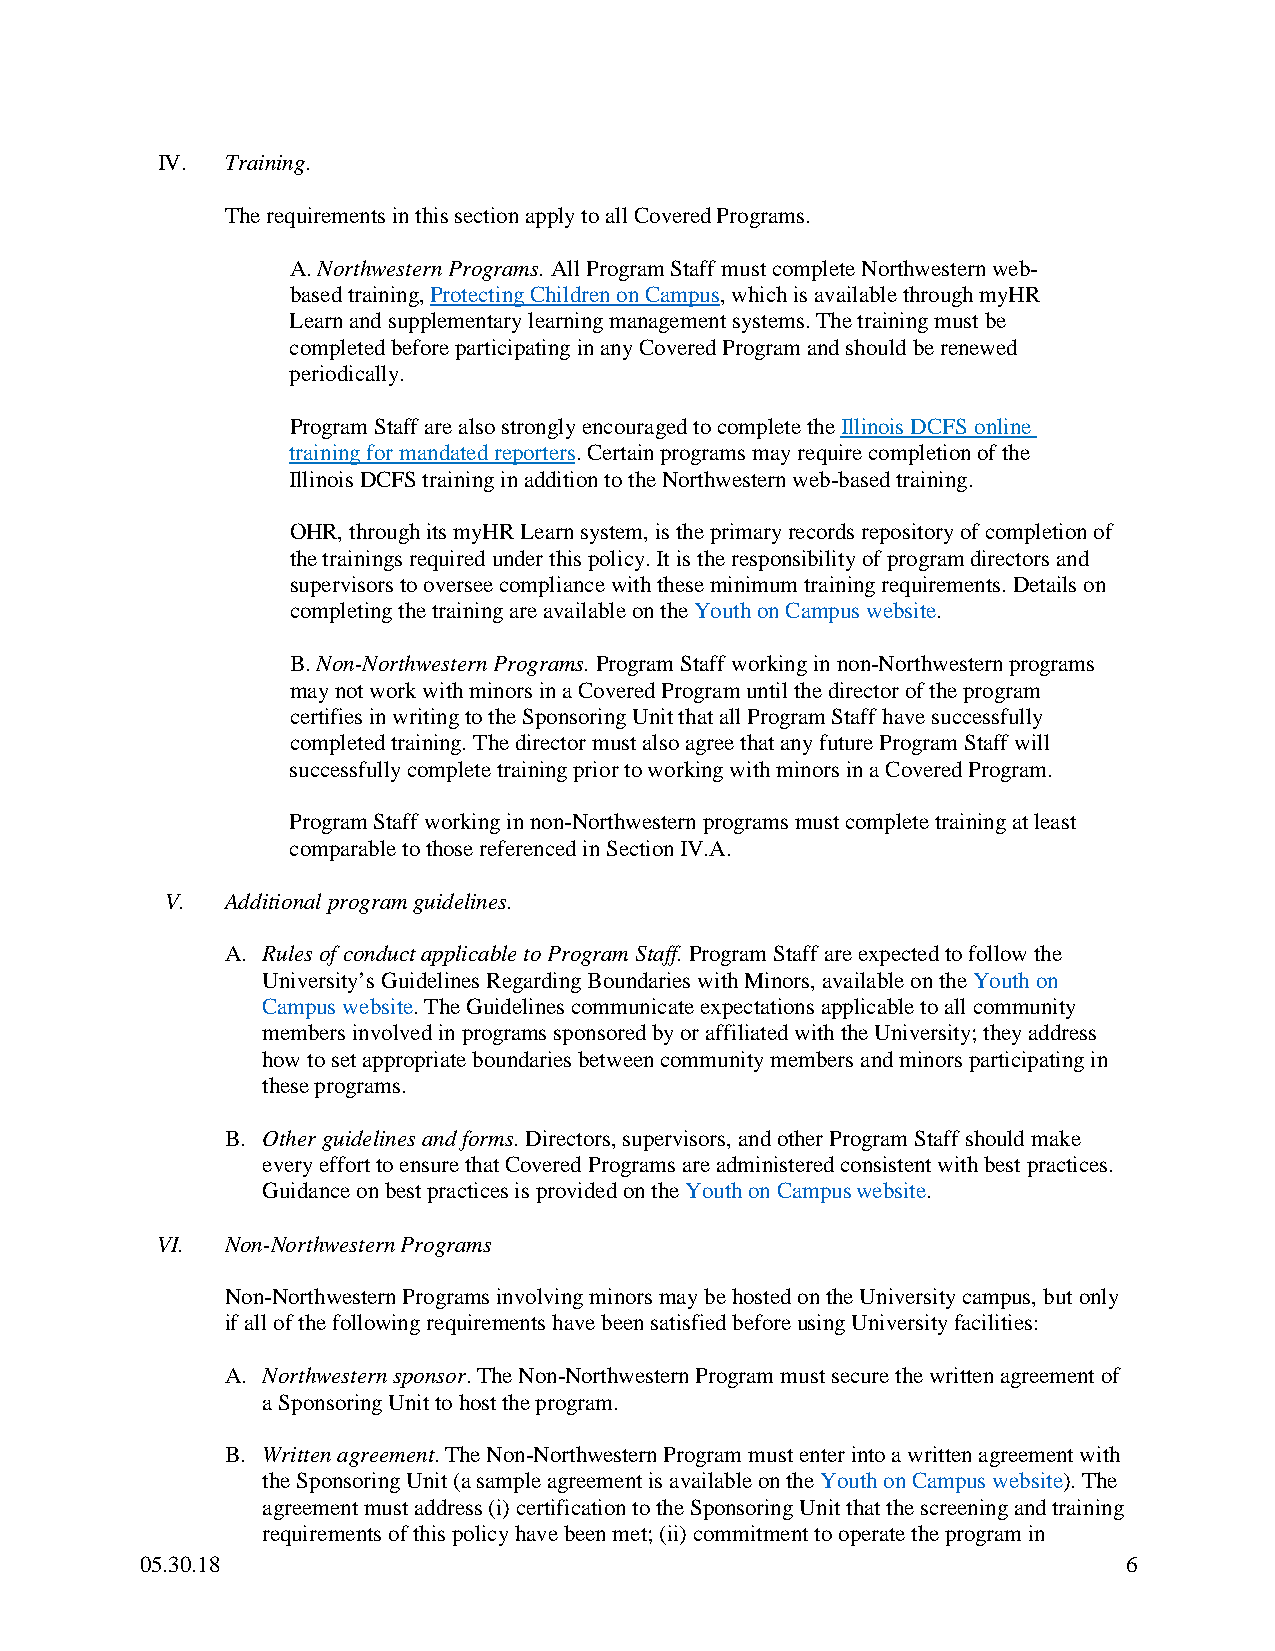
IV.  Training.
 The requirements in this section apply to all Covered Programs.
 A. Northwestern Programs. All Program Staff must complete Northwestern web-
 based training, Protecting Children on Campus, which is available through myHR
 Learn and supplementary learning management systems. The training must be
 completed before participating in any Covered Program and should be renewed
 periodically.
 Program Staff are also strongly encouraged to complete the Illinois DCFS online
 training for mandated reporters. Certain programs may require completion of the
 Illinois DCFS training in addition to the Northwestern web-based training.
 OHR, through its myHR Learn system, is the primary records repository of completion of
 the trainings required under this policy. It is the responsibility of program directors and
 supervisors to oversee compliance with these minimum training requirements. Details on
 completing the training are available on the Youth on Campus website.
 B. Non-Northwestern Programs. Program Staff working in non-Northwestern programs
 may not work with minors in a Covered Program until the director of the program
 certifies in writing to the Sponsoring Unit that all Program Staff have successfully
 completed training. The director must also agree that any future Program Staff will
 successfully complete training prior to working with minors in a Covered Program.
 Program Staff working in non-Northwestern programs must complete training at least
 comparable to those referenced in Section IV.A.
 V.  Additional program guidelines.
 A. Rules of conduct applicable to Program Staff. Program Staff are expected to follow the
 University’s Guidelines Regarding Boundaries with Minors, available on the Youth on
 Campus website. The Guidelines communicate expectations applicable to all community
 members involved in programs sponsored by or affiliated with the University; they address
 how to set appropriate boundaries between community members and minors participating in
 these programs.
 B. Other guidelines and forms. Directors, supervisors, and other Program Staff should make
 every effort to ensure that Covered Programs are administered consistent with best practices.
 Guidance on best practices is provided on the Youth on Campus website.
 VI.  Non-Northwestern Programs
 Non-Northwestern Programs involving minors may be hosted on the University campus, but only
 if all of the following requirements have been satisfied before using University facilities:
 A. Northwestern sponsor. The Non-Northwestern Program must secure the written agreement of
 a Sponsoring Unit to host the program.
 B. Written agreement. The Non-Northwestern Program must enter into a written agreement with
 the Sponsoring Unit (a sample agreement is available on the Youth on Campus website). The
 agreement must address (i) certification to the Sponsoring Unit that the screening and training
 requirements of this policy have been met; (ii) commitment to operate the program in
 05.30.18                                                          6